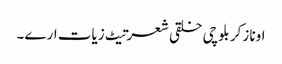
اونا زکر بلوچی خلقی شعرتیٹ زیات ارے۔